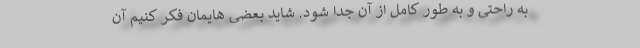
به راحتی و به طور کامل از آن جدا شود. شاید بعضی هایمان فکر کنیم آن